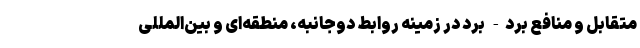
متقابل و منافع برد- برد در زمینه روابط دوجانبه، منطقه‌ای و بین‌المللی